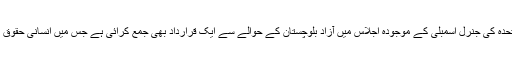
یاد رہے کہ بھارت نے اقوام متحدہ کی جنرل اسمبلی کے موجودہ اجلاس میں آزاد بلوچستان کے حوالے سے ایک قرارداد بھی جمع کرائی ہے جس میں انسانی حقوق کی پامالی کو بنیاد بنایا گیا ہے۔